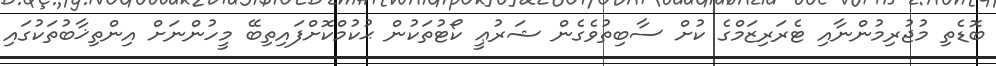
ބޮޑެތި މުޖުރިމުންނާއި ޓެރަރިޒަމްގެ ކުށް ސާބިތުވެގެން ޝަރުޢީ ކޯޓުތަކުން ޙުކުމްކޮށްފައިތިބޭ މީހުންނަށް އިންތިޚާބުތަކުގައި